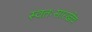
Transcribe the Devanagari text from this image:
स्वतःसारखेच